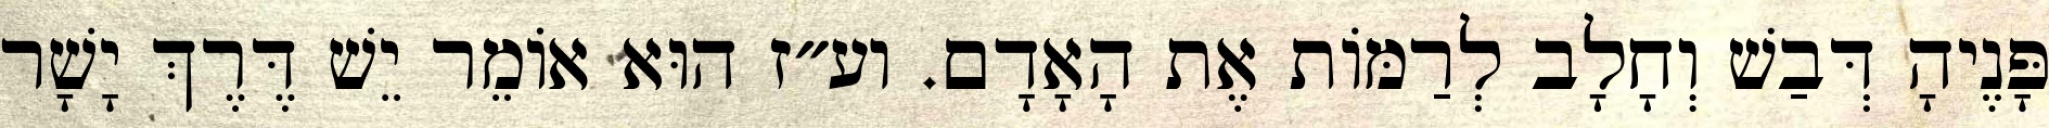
פָּנֶיהָ דְּבַשׁ וְחָלָב לְרַמּוֹת אֶת הָאָדָם. וע״ז הוּא אוֹמֵר יֵשׁ דֶּרֶךְ יָשָׁר